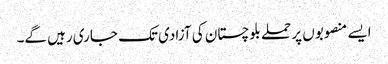
ایسے منصوبوں پر حملے بلوچستان کی آزادی تک جاری رہیں گے۔